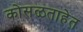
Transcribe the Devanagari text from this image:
कोसळताहेत